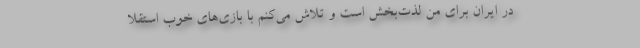
در ایران برای من لذت‌بخش است و تلاش می‌کنم با بازی‌های خوب استقلا